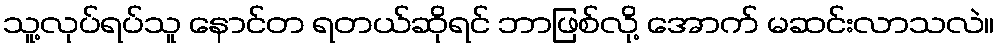
သူ့လုပ်ရပ်သူ နောင်တ ရတယ်ဆိုရင် ဘာဖြစ်လို့ အောက် မဆင်းလာသလဲ။